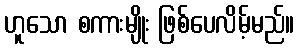
ဟူသော စကားမျိုး ဖြစ်ပေလိမ့်မည်။